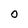
Character: o